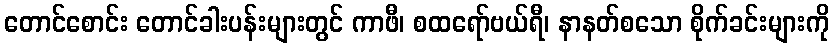
တောင်စောင်း တောင်ခါးပန်းများတွင် ကာဖီ၊ စထရော်ဗယ်ရီ၊ နာနတ်စသော စိုက်ခင်းများကို